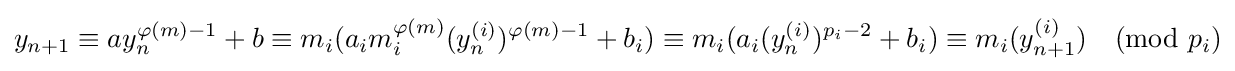
y_{n+1}\equiv ay_{n}^{\varphi (m)-1}+b\equiv m_{i}(a_{i}m_{i}^{\varphi (m)}(y_{n}^{(i)})^{\varphi (m)-1}+b_{i})\equiv m_{i}(a_{i}(y_{n}^{(i)})^{p_{i}-2}+b_{i})\equiv m_{i}(y_{n+1}^{(i)}){\pmod {p_{i}}}